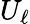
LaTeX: U_{\ell}